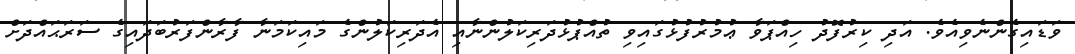
ވަޑައިގެންނެވިއެވެ. އަދި ކިރުފޮދު ހިއްޕަވާ ޢުމުރުފުޅުގައިވި ތުއްޕުޅުދަރިކަލުންނާއި އެދަރިކަލުންގެ މައިކަމަނާ ފާރާންފަރުބަދައިގެ ސަރަޙައްދަށް